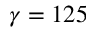
\gamma = 1 2 5